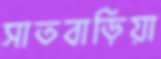
সাতবাড়িয়া